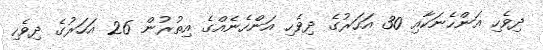
ދިވެހި އަންހެނަކާއި 30 އަހަރުގެ ދިވެހި އަންހެނެއްގެ އިތުރުން 26 އަހަރުގެ ދިވެހި